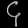
Digit: ၄